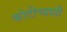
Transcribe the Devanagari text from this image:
कोटीच्याही